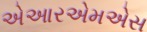
એઆરએમએસ